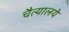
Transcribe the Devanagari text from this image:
चैत्यालये